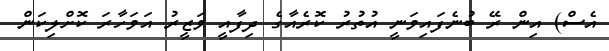
އެސް) އިން ރޭ ބުނެފައިވަނީ އުތުރު ކޮރެއާގެ ދިފާއީ ވަޒީރު އަވަހާރަ ކޮށްލިކަން